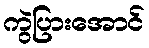
ကွဲပြားအောင်